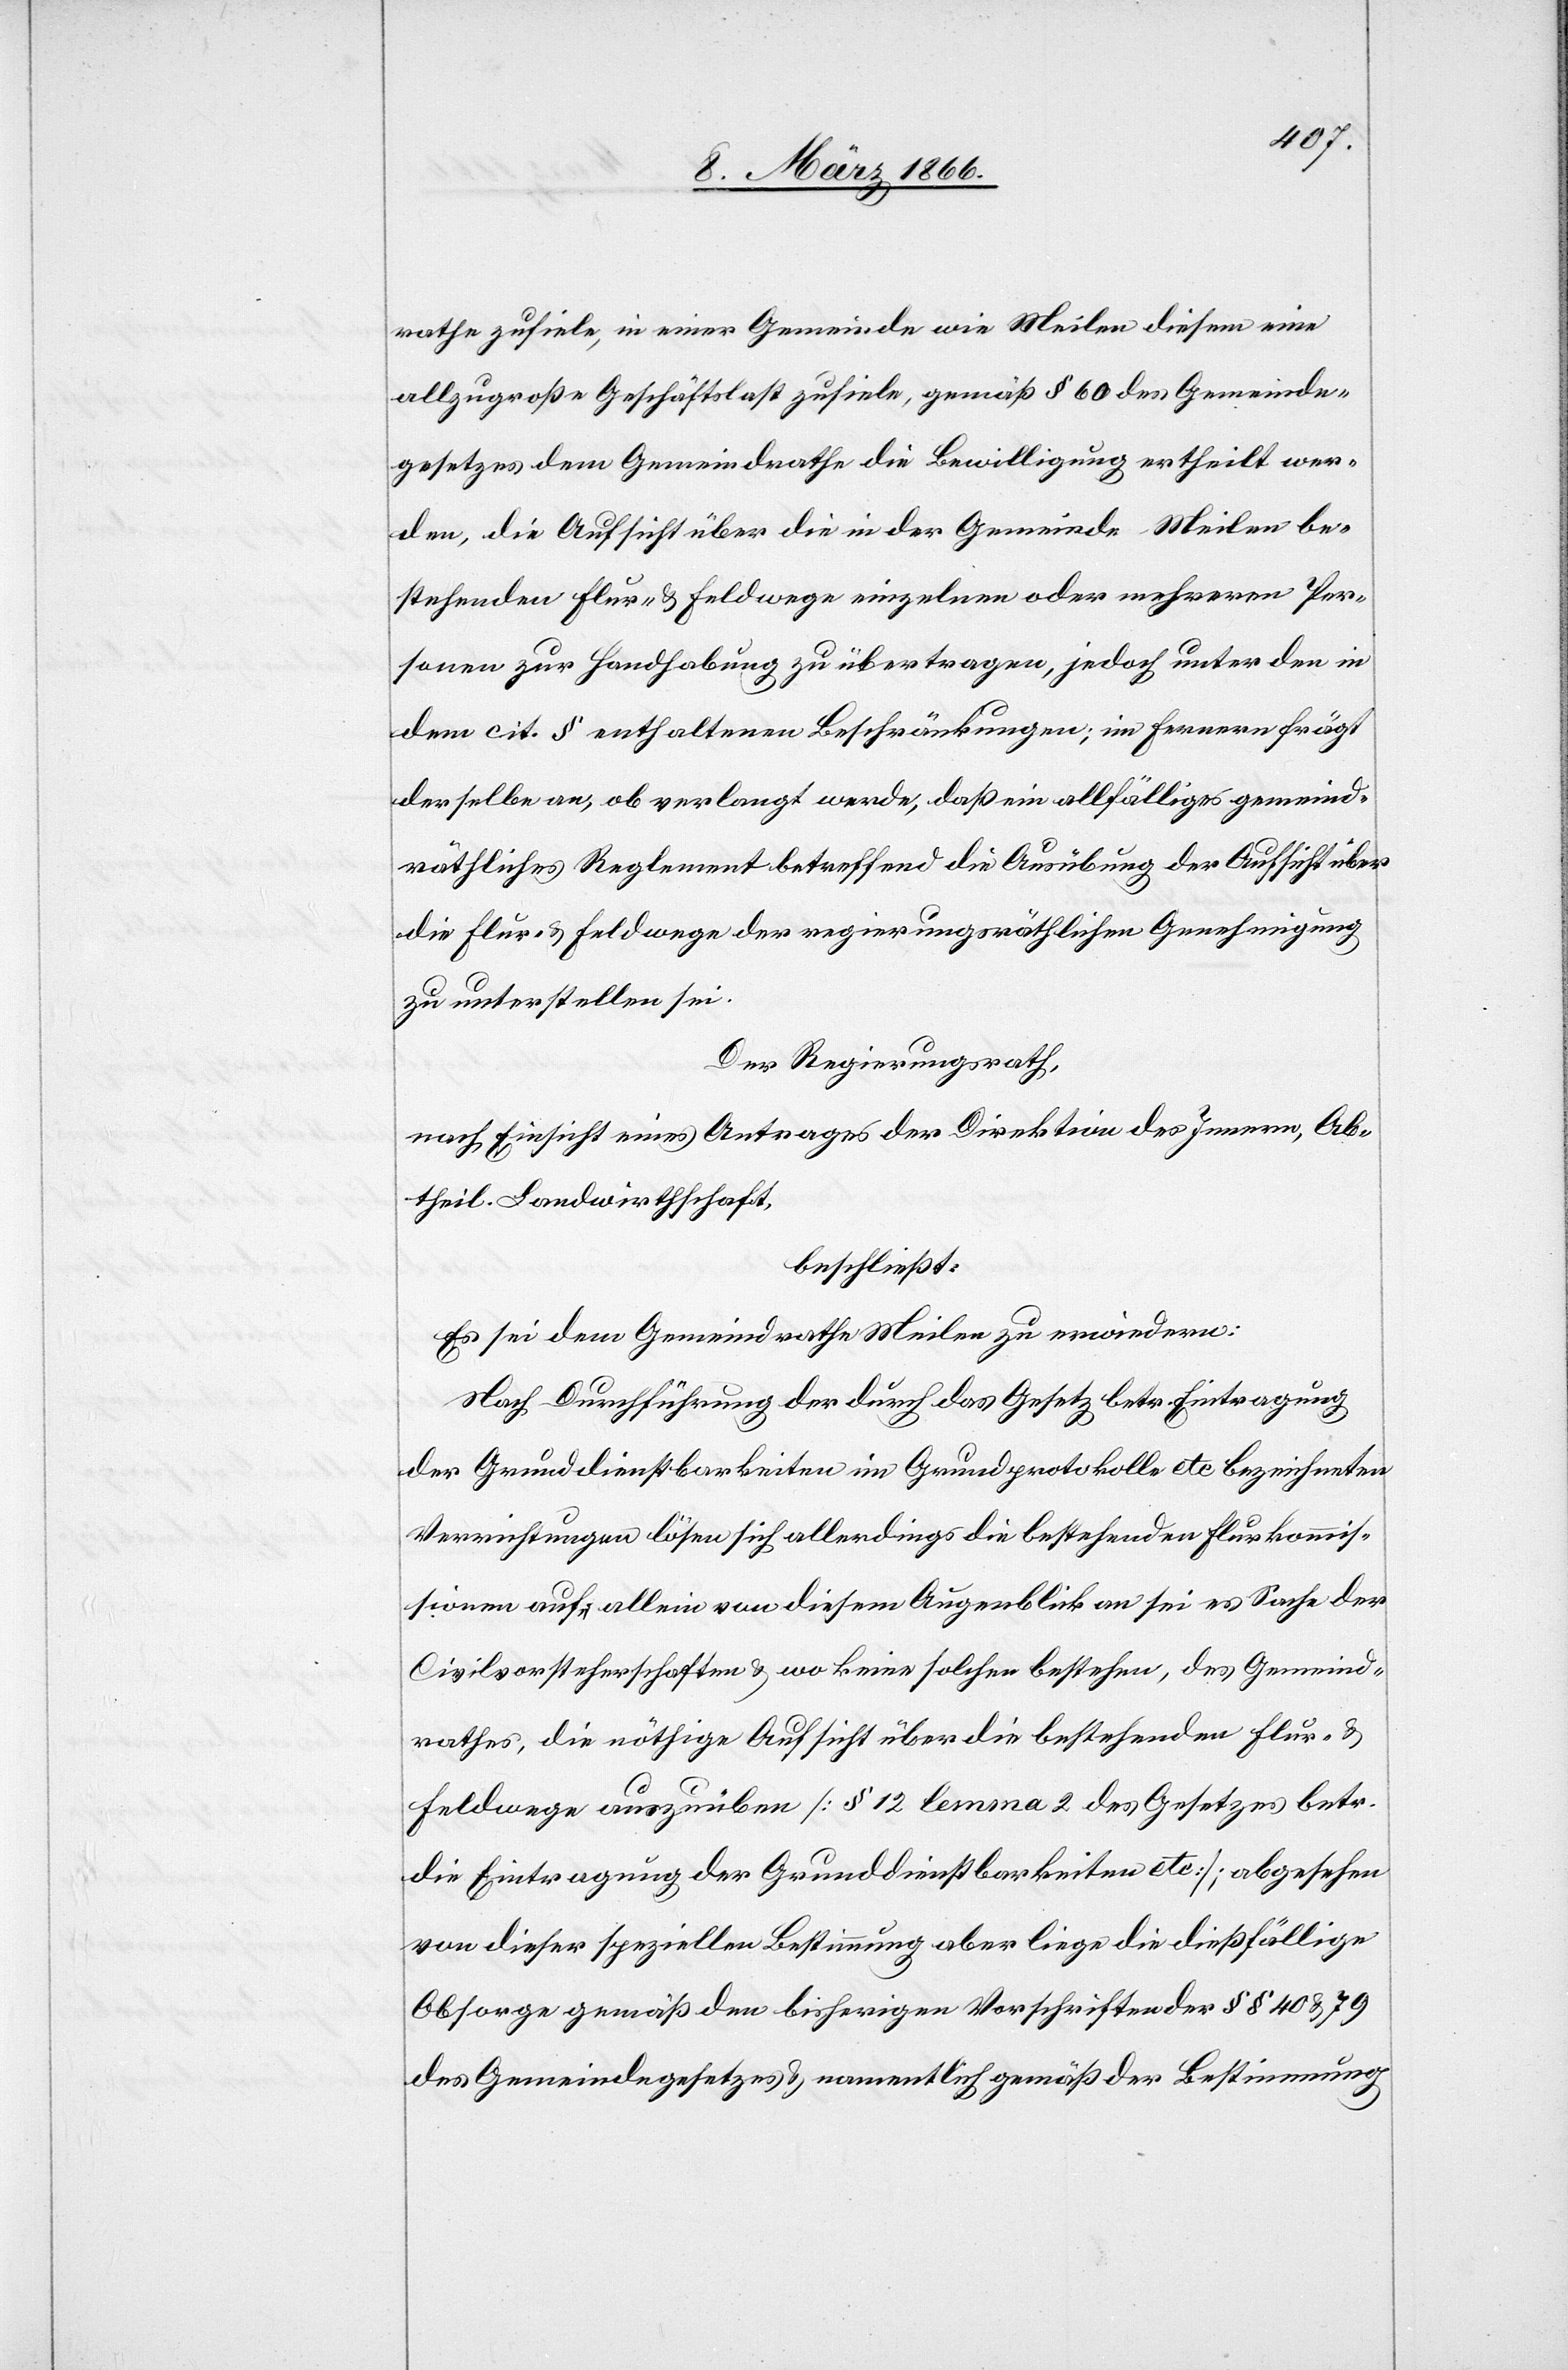
rathe zufiele, in einer Gemeinde wie Meilen diesem eine
allzugroße Geschäftslast zufiele, gemäß § 60 des Gemeinde¬
gesetzes dem Gemeindrathe die Bewilligung ertheilt wer¬
den, die Aufsicht über die in der Gemeinde Meilen be¬
stehenden Flur- u. Feldwege einzelnen oder mehreren Per¬
sonen zur Handhabung zu übertragen, jedoch unter den in
dem cit. § enthaltenen Beschränkungen; im Fernern frägt
derselbe an, ob verlangt werde, daß ein allfälliges gemeind¬
räthliches Reglement betreffend die Ausübung der Aufsicht über
die Flur- u. Feldwege der regierungsräthlichen Genehmigung
zu unterstellen sei.
Der Regierungsrath,
nach Einsicht eines Antrages der Direktion des Innern, Ab¬
theil. Landwirthschaft,
beschließt:
Es sei dem Gemeindrathe Meilen zu erwiedern:
Nach Durchführung der durch das Gesetz betr. Eintragung
der Gemeinddienstbarkeiten im Grundprotokolle etc. bezeichneten
Verrichtungen lösen sich allerdings die bestehenden Flurkommis¬
sionen auf, allein von diesem Augenblicke an sei es Sache der
Civilvorsteherschaften u. wo keine solchen bestehen, des Gemeind¬
rathes, die nöthige Aufsicht über die bestehenden Flur- u.
Feldwege auszuüben [§ 12 lemma 2 des Gesetzes betr.
die Eintragung der Grunddienstbarkeiten etc.]; abgesehen
von dieser speziellen Bestimmung aber liege die dießfällige
Obsorge gemäß den bisherigen Vorschriften der §(geschützter
des Gemeindegesetzes u. namentlich gemäß der Bestimmung